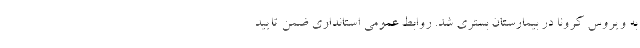
به ویروس کرونا در بیمارستان بستری شد. روابط عمومی استانداری ضمن تایید